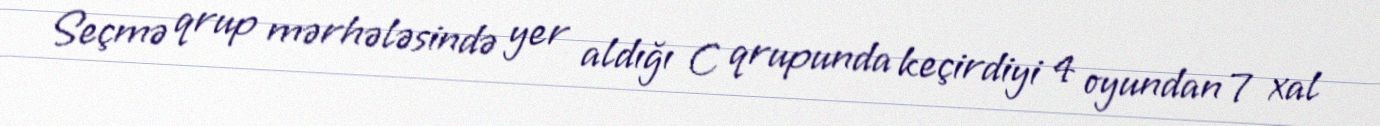
Seçmə qrup mərhələsində yer aldığı C qrupunda keçirdiyi 4 oyundan 7 xal